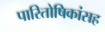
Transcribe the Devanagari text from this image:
पारितोषिकांसह